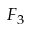
F _ { 3 }